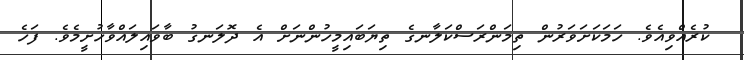
ކުރެއްވިއެވެ. ހަމަކަށަވަރުން ތިމަންރަސްކަލާނގެ ތިޔަބައިމީހުންނަށް އެ ދޮލަނގު ބާވައިލައްވާހުށީމެވެ. ފަހެ